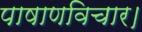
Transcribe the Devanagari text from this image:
पाषाणविचार।